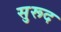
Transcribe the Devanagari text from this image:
सुरूद